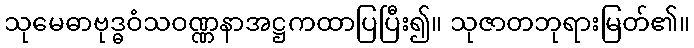
သုမေဓာဗုဒ္ဓဝံသဝဏ္ဏနာအဋ္ဌကထာပြပြီး၍။ သုဇာတဘုရားမြတ်၏။